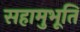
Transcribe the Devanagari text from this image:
सहामुभूति